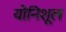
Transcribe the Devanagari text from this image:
योनिशूल